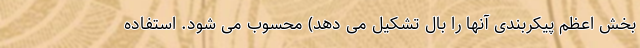
بخش اعظم پیکربندی آنها را بال تشکیل می دهد) محسوب می شود. استفاده